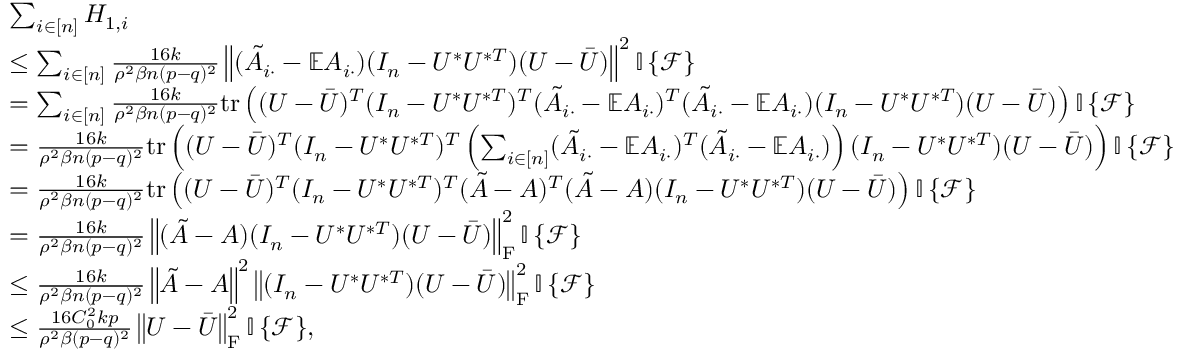
\begin{array} { r l } & { \sum _ { i \in [ n ] } H _ { 1 , i } } \\ & { \leq \sum _ { i \in [ n ] } \frac { 1 6 k } { \rho ^ { 2 } \beta n ( p - q ) ^ { 2 } } \left\| { ( \tilde { A } _ { i \cdot } - \mathbb { E } A _ { i \cdot } ) ( I _ { n } - U ^ { * } U ^ { * T } ) ( U - \bar { U } ) } \right\| ^ { 2 } { \mathbb { I } \left\{ { \mathcal { F } } \right\} } } \\ & { = \sum _ { i \in [ n ] } \frac { 1 6 k } { \rho ^ { 2 } \beta n ( p - q ) ^ { 2 } } \mathrm { t r } \left( ( U - \bar { U } ) ^ { T } ( I _ { n } - U ^ { * } U ^ { * T } ) ^ { T } ( \tilde { A } _ { i \cdot } - \mathbb { E } A _ { i \cdot } ) ^ { T } ( \tilde { A } _ { i \cdot } - \mathbb { E } A _ { i \cdot } ) ( I _ { n } - U ^ { * } U ^ { * T } ) ( U - \bar { U } ) \right) { \mathbb { I } \left\{ { \mathcal { F } } \right\} } } \\ & { = \frac { 1 6 k } { \rho ^ { 2 } \beta n ( p - q ) ^ { 2 } } \mathrm { t r } \left( ( U - \bar { U } ) ^ { T } ( I _ { n } - U ^ { * } U ^ { * T } ) ^ { T } \left( \sum _ { i \in [ n ] } ( \tilde { A } _ { i \cdot } - \mathbb { E } A _ { i \cdot } ) ^ { T } ( \tilde { A } _ { i \cdot } - \mathbb { E } A _ { i \cdot } ) \right) ( I _ { n } - U ^ { * } U ^ { * T } ) ( U - \bar { U } ) \right) { \mathbb { I } \left\{ { \mathcal { F } } \right\} } } \\ & { = \frac { 1 6 k } { \rho ^ { 2 } \beta n ( p - q ) ^ { 2 } } \mathrm { t r } \left( ( U - \bar { U } ) ^ { T } ( I _ { n } - U ^ { * } U ^ { * T } ) ^ { T } ( \tilde { A } - A ) ^ { T } ( \tilde { A } - A ) ( I _ { n } - U ^ { * } U ^ { * T } ) ( U - \bar { U } ) \right) { \mathbb { I } \left\{ { \mathcal { F } } \right\} } } \\ & { = \frac { 1 6 k } { \rho ^ { 2 } \beta n ( p - q ) ^ { 2 } } \left\| { ( \tilde { A } - A ) ( I _ { n } - U ^ { * } U ^ { * T } ) ( U - \bar { U } ) } \right\| _ { \mathrm { F } } ^ { 2 } { \mathbb { I } \left\{ { \mathcal { F } } \right\} } } \\ & { \leq \frac { 1 6 k } { \rho ^ { 2 } \beta n ( p - q ) ^ { 2 } } \left\| { \tilde { A } - A } \right\| ^ { 2 } \left\| { ( I _ { n } - U ^ { * } U ^ { * T } ) ( U - \bar { U } ) } \right\| _ { \mathrm { F } } ^ { 2 } { \mathbb { I } \left\{ { \mathcal { F } } \right\} } } \\ & { \leq \frac { 1 6 C _ { 0 } ^ { 2 } k p } { \rho ^ { 2 } \beta ( p - q ) ^ { 2 } } \left\| { U - \bar { U } } \right\| _ { \mathrm { F } } ^ { 2 } { \mathbb { I } \left\{ { \mathcal { F } } \right\} } , } \end{array}